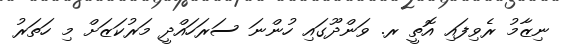
ނިޒާމު ރެވިފައި އޮތީ ރ. ވަންދޫގައި ހުންނަ ސަރަހައްދީ މަރުކަޒަށް މި ހަތަރު